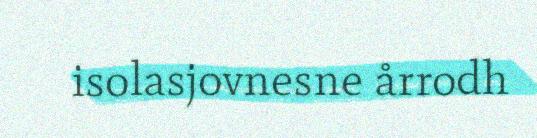
isolasjovnesne årrodh